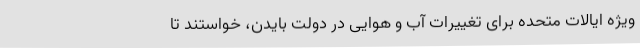
ویژه ایالات متحده برای تغییرات آب و هوایی در دولت بایدن، خواستند تا